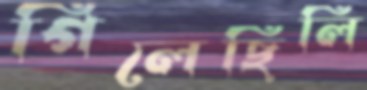
গিলেছিলি